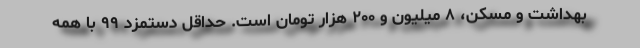
بهداشت و مسکن، ۸ میلیون و ۲۰۰ هزار تومان است. حداقل دستمزد ۹۹ با همه